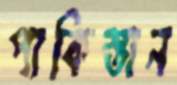
পাকিস্তান